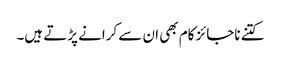
کتنے ناجائز کام بھی ان سے کرانے پڑتے ہیں۔